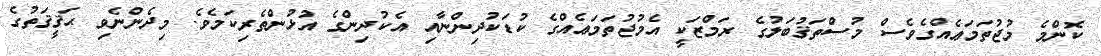
ކޮންމެ މުޖުތަމަޢެއްގެވެސް މުސްތަޤުބަލުގެ ރަމްޒަކީ އެމުޖުތަމަޢެއްގެ ކުޑަކުދިންނާއި އެކުދިންގެ އުޅުންތެރިކަމެވެ. މިދެންނެވި ޙަޤީޤަތުގެ